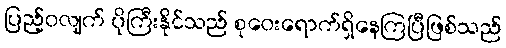
ပြည့်ဝလျက် ပိုကြီးနိုင်သည် စုဝေးရောက်ရှိနေကြပြီဖြစ်သည်